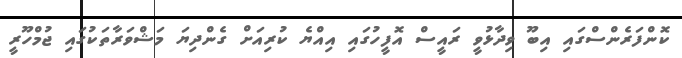
ކޮންފަރެންސްގައި އިބޫ ވިދާޅުވީ ރައީސް އޮފީހުގައި އިއްޔެ ކުރިއަށް ގެންދިޔަ މަޝްވަރާތަކުގައި ޖުމްހޫރީ